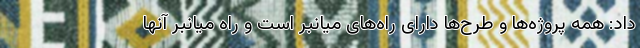
داد: همه پروژه‌ها و طرح‌ها دارای راه‌های میانبر است و راه میانبر آنها